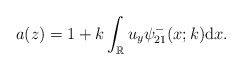
\begin{align*}a(z)=1+k \int_{\mathbb{R}} u_y \psi^-_{21}(x;k) \mathrm{d}x. \end{align*}